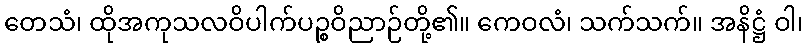
တေသံ၊ ထိုအကုသလဝိပါက်ပဉ္စဝိညာဉ်တို့၏။ ကေဝလံ၊ သက်သက်။ အနိဋ္ဌံ ဝါ၊